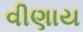
વીણાય